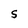
Character: S